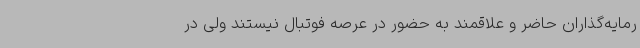
رمایه‌گذاران حاضر و علاقمند به حضور در عرصه فوتبال نیستند ولی در